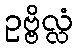
ဥဗ္ဗိလ္လံ